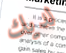
لديك